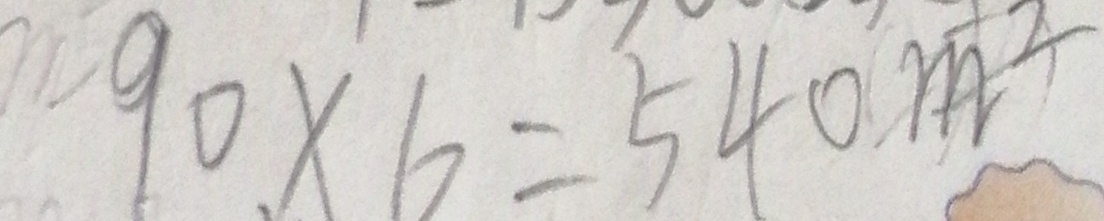
9 0 \times 6 = 5 4 0 m ^ { 2 }